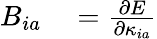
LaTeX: \begin{array}{rl}{B_{ia}}&{{}=\frac{\partial E}{\partial\kappa_{ia}}}\end{array}